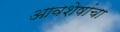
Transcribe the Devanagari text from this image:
आवशेषांचा